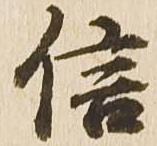
信